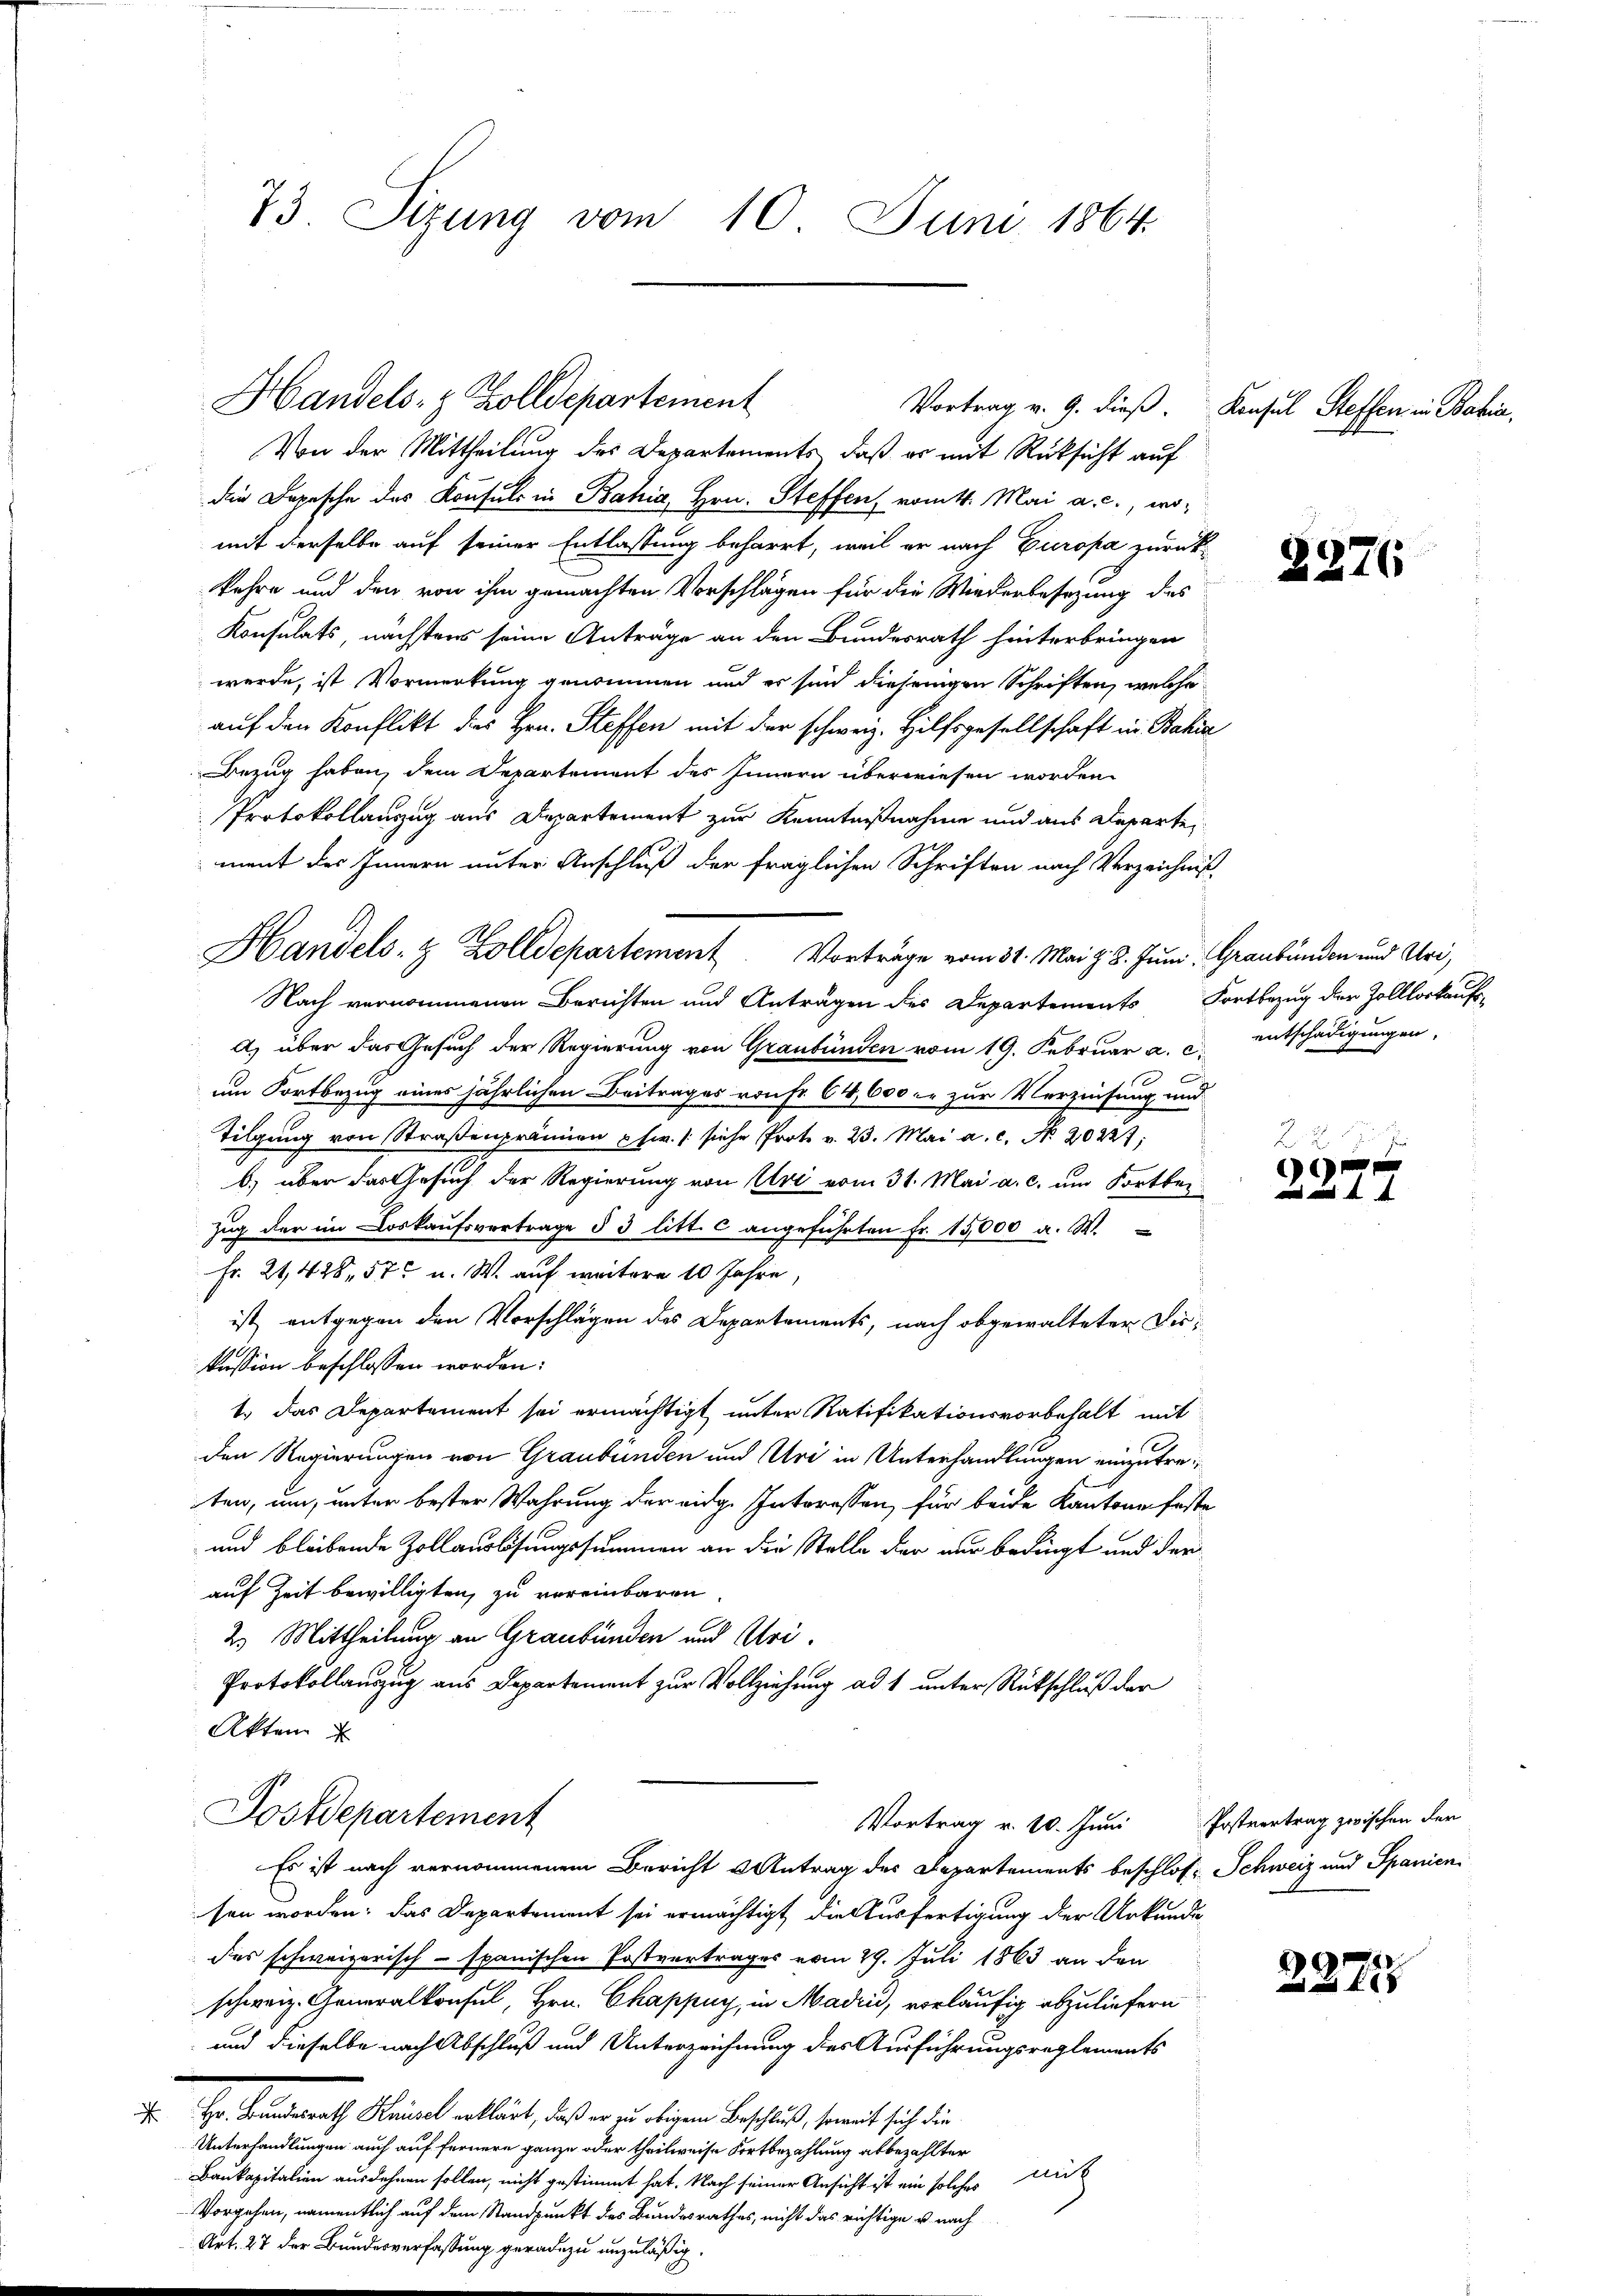
73. Sizung vom 10. Juni 1864.

Von der Mittheilung des Departements, daß er mit Rüksicht auf
die Depesche des Konsuls in Bahia, Hrn. Steffen, vom 4. Mai a. c., wo-
mit derselbe auf seiner Entlassung beharrt, weil er nach Europa zurückkehre und den von ihm gemachten Vorschlägen für die Wiederbesezung des
Konsulats, nächstens seine Anträge an den Bundesrath hinterbringen
werde, ist Vormerkung genommen und es sind diejenigen Schriften, welche
auf den Konflikt des Hrn. Steffen mit der schweiz. Hilfsgesellschaft in Bahia
Bezug haben, dem Departement des Innern überwiesen worden.
Protokollauszug aus Departement zur Kenntnißnahme und aus Departe
ment des Innern unter Anschluß der fraglichen Schriften nach Verzeichnis
Handels- & Zolldepartement. Vorträge vom 31. Mai z. 8. Juni, Graubünden und Uri,
Nach vernommenen Berichten und Anträgen des Departements Fortbezug der Zolllorkaufs-
a) über das Gesuch der Regierung von Graubünden vom 19. Februar a. c. entschädigungen,
e
um Fortbezug eines jährlichen Beitrages von Fr. 64, 600 er zur Verzinsung und
Tilgung von Straßenprämien schw. / siche Prote v. 23. Mai a. c. No. 20227;
b) über das Gesuch der Regierung von Uri vom 31. Mai a. c. um Fortber
zŭg der im Loskaufsvertrage § 3 litt. c angeführten Fr. 15,000 a. W.
Fr. 21428, 57 u. W. auf weitere 10 Jahre,
ist, entgegen den Vorschlägen des Departements, nach obgewalteter Liekussion beschlossen worden:
1.) Das Departement sei ermächtigt unter Ratifikationsvorbehalt mit
den Regierungen von Graubünden und Uri in Unterhandlungen einzutreten, um, unter bester Wahrung der eidg. Interessen, für beide Kantone feste
und bleibende Zollauslösungssummen an die Stelle der nur bedingt und der
auf Zeit bewilligten, zu vereinbaren.
2.) Mittheilung an Graubünden und Uri.
Protokollauszug aus Departement zur Vollziehung ad 1 unter Rückschluß der
Akten
Postdepartement
Vortrag v. 10. Juni Postvertrag zwischen der
Es ist nach vernommenem Bericht u Antrag des Departements beschloß- Schweiz und Spanien
sen worden; das Departement sei ermächtigt die Ausfertigung der Urkunde
des schweizerisch - spanischen Postvertrages vom 29. Juli 1863 an den
schweiz. Generalkonsul, Hrn. Chappuy, in Madrii, vorläufig abzuliefern
und dieselbe nach Abschluß und Unterzeichnung des Ausführungsreglements
I. Hr. Brandesrath Weigel erklärt, daß er zu obigem Beschluß, somit sich die
Unterhandlungen auch auf fernere ganze oder theilweise Fortbezahlung abbezahlter
Baukapitalien ausdehnen sollen, nicht gestimmt hat. Nach seiner Ansicht ist ein solches Au
Vorgehen, namentlich auf dem Standpunkt des Bundesrathes, nicht das richtige u. nach
Art. 27 der Bundesverfassung geradezu anzuläßig
3

Handels- & Zolldepartement

Vortrag v. 9. dieß. Konsul Steffen in Bahia,

2276

22
e
n und

2275